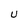
Character: U